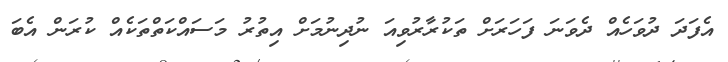
އެފަދަ ދުވަހެއް ދެވަނަ ފަހަރަށް ތަކުރާރުވިއަ ނުދިނުމަށް އިތުރު މަސައްކަތްތަކެއް ކުރަން އެބަ